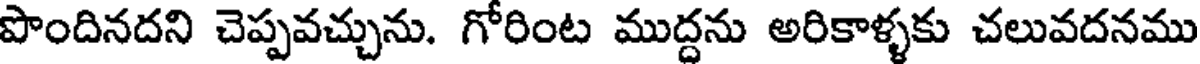
పొందినదని చెప్పవచ్చును. గోరింట ముద్దను అరికాళ్ళకు చలువదనము